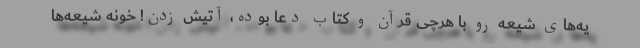
یه‌های شیعه رو با هرچی قرآن و کتاب دعا بوده، آتیش زدن! خونه شیعه‌ها